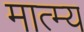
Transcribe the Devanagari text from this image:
मात्म्य